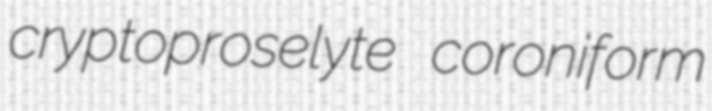
cryptoproselyte coroniform